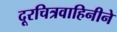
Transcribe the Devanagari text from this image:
दूरचित्रवाहिनीने